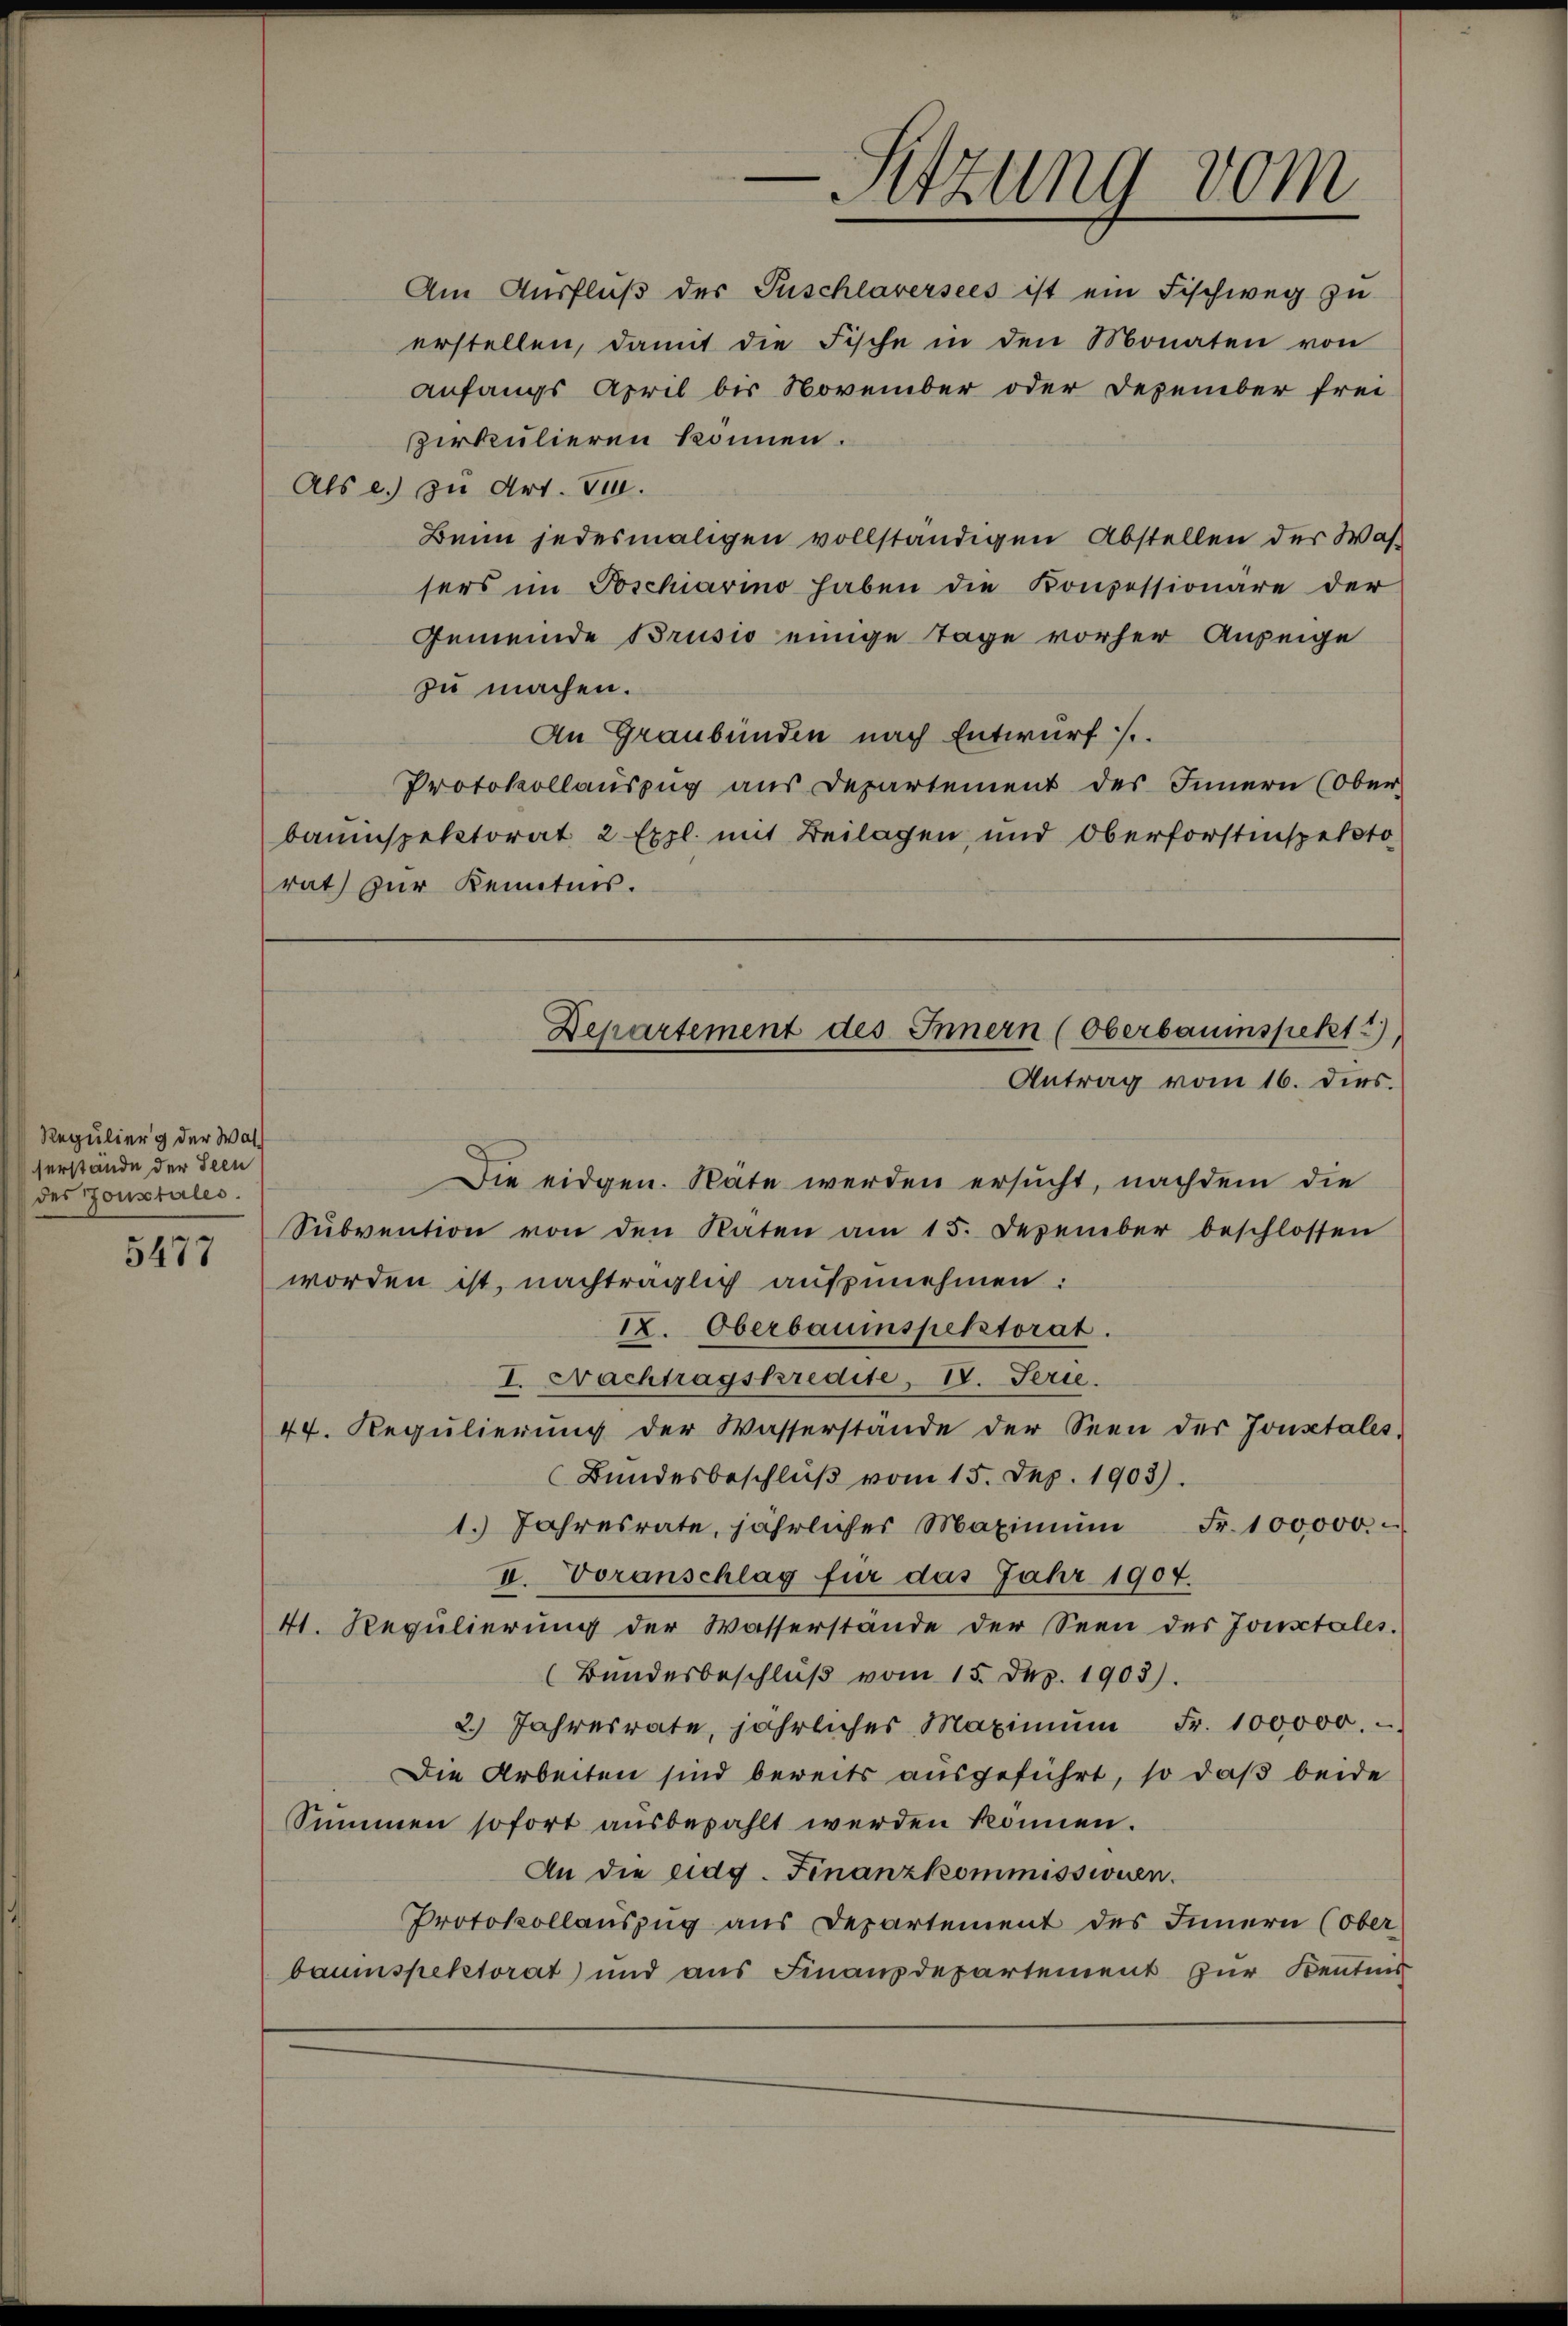
Regulier der Wal
serstande der Seen
der Tonstales.

5477

-Sitzung vom

Am Ausfluß der Puschlaversees ist ein Fischweg zu
erstellen, damit die Fische in den Monaten von
anfangs April bis November oder Dezember frei-
perkulieren können.
Als e.) zu Art. Ven.
Beim jedesmaligen vollständigen Abstellen der Was-
sers im Poschiarino haben die Konzessionäre der
Gemeinde Brusio einige Tage vorher Anzeige
zu machen.
An Graubünden nach Entwurf /.
Protokollauszug aus Departement des Innern (Ober-
bauinspektorat 2 Expl. mit Beilagen, und Oberforstenspekto
rat zur Kenntnis.

Departement des Innern (Oberbauinspekt 2)
Antrag vom 16. dies.

Die eidgen. Späte werden ersucht, nachdem die
Subvention von den Raten am 15. Dezember beschlossen
worden ist, nachträglich aufzunehmen:
I. Oberbauinspektorat.
I. Nachtragskredite, IV. Serie.
44. Regŭlierŭng der Wasserstände der Seen der Jonstales,
Bundesbeschluß vom 15. Dez. 1903).
1. Jahresrate, jährlicher Maximŭm Fr. 100000.
II. Voranschlag für das Jahr 1907.
41. Repulierung der Wasserstände der Seen des Jonstales.
(Bundesbeschluß vom 15. Dez. 1903).
2. Jahresrate, jährliches Maximŭm Fr. 100,000.
Die Arbeiten sind bereits ausgeführt, so daß beide
Summen sofort ausbezahlt werden können.
An die eidg. Finanzkommissionen.
Protokollauszug aus Departement des Innern (ober
baumspektorat und aus Finanzdepartement zur Kentnis